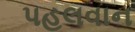
પહલવાન